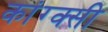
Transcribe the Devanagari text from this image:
कांग्क्सी